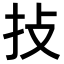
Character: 𢪊